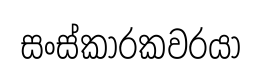
සංස්කාරකවරයා